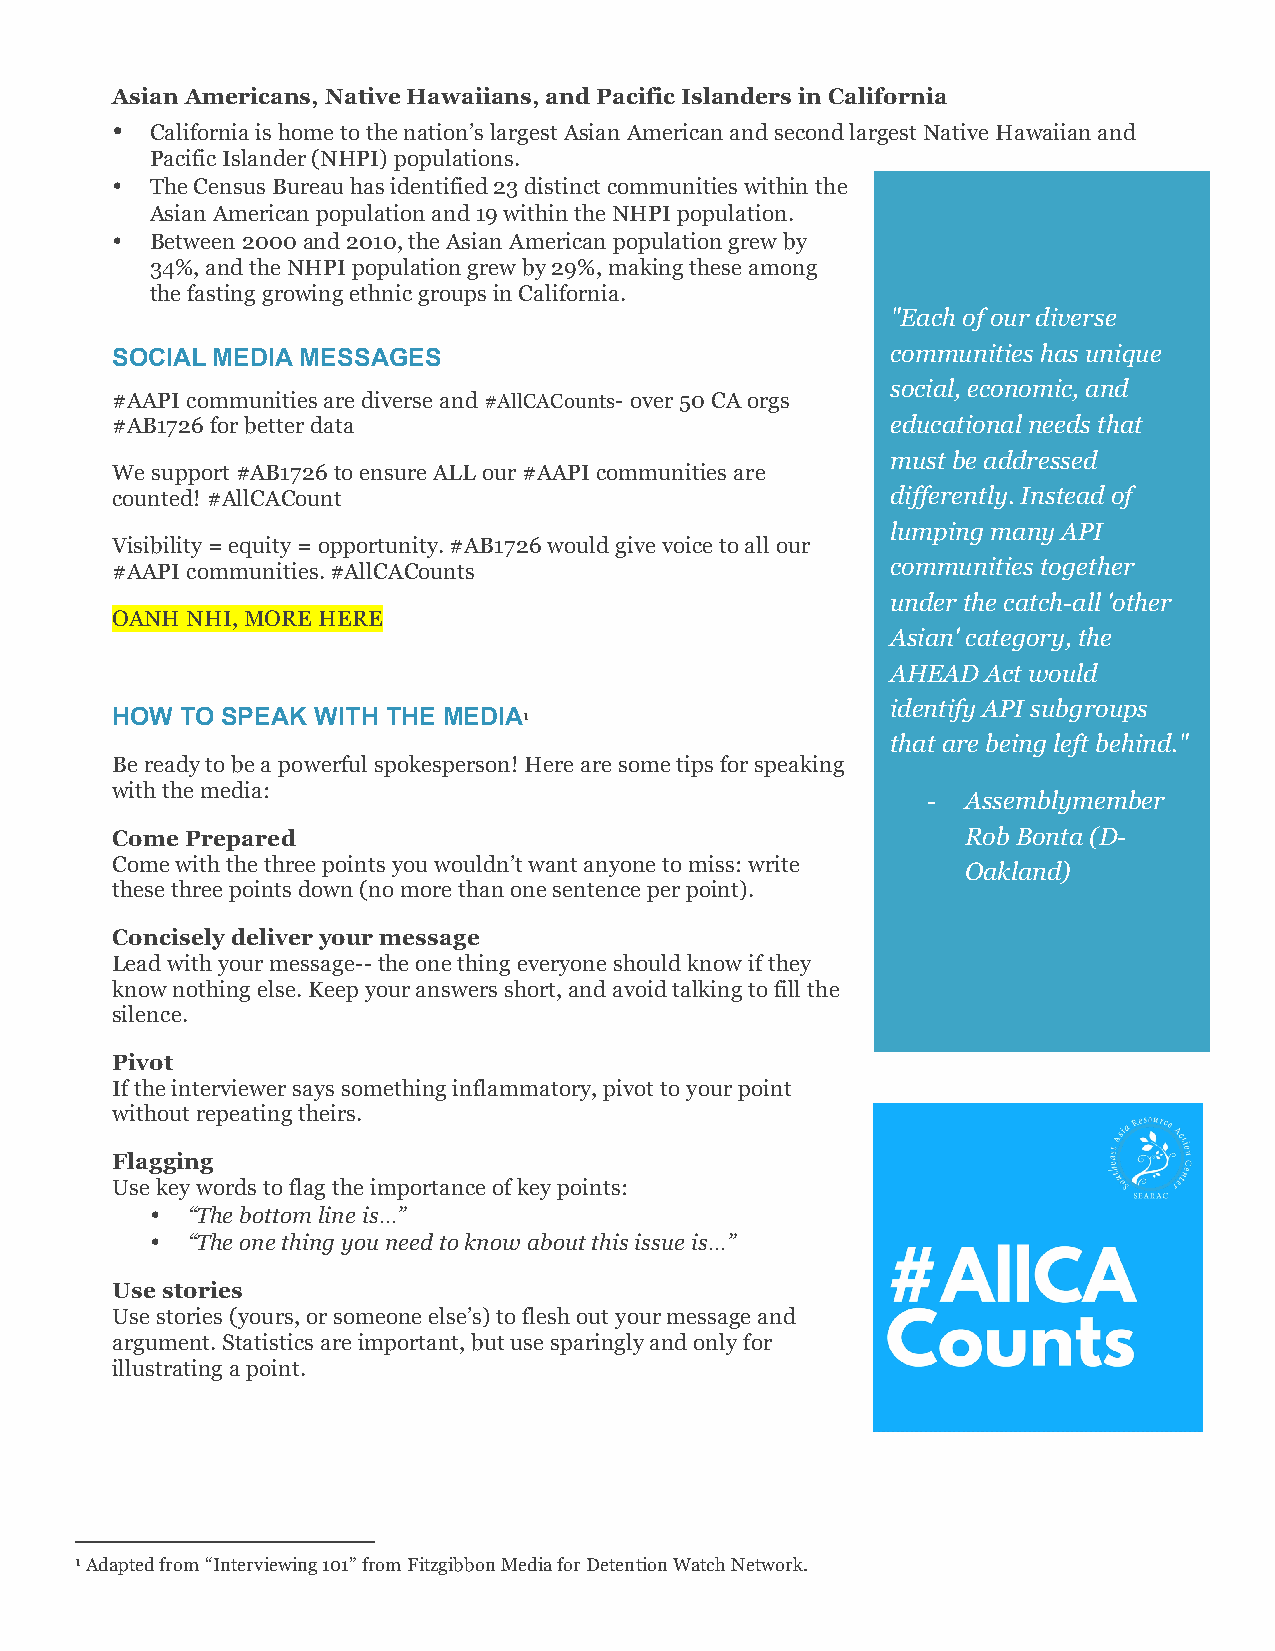
Asian Americans, Native Hawaiians, and Pacific Islanders in California
 •  California is home to the nation’s largest Asian American and second largest Native Hawaiian and
 Pacific Islander (NHPI) populations.
 •  The Census Bureau has identified 23 distinct communities within the
 Asian American population and 19 within the NHPI population.
 •  Between 2000 and 2010, the Asian American population grew by
 34%, and the NHPI population grew by 29%, making these among
 the fasting growing ethnic groups in California.
 "Each of our diverse
 SOCIAL MEDIA MESSAGES                               communities has unique
 social, economic, and
 #AAPI communities are diverse and #AllCACounts- over 50 CA orgs
 #AB1726 for better data                             educational needs that
 must be addressed
 We support #AB1726 to ensure ALL our #AAPI communities are
 counted! #AllCACount                                differently. Instead of
 lumping many API
 Visibility = equity = opportunity. #AB1726 would give voice to all our
 #AAPI communities. #AllCACounts                     communities together
 under the catch-all 'other
 OANH NHI, MORE HERE
 Asian' category, the
 AHEAD Act would
 identify API subgroups
 HOW  TO SPEAK WITH THE MEDIA1
 that are being left behind."
 Be ready to be a powerful spokesperson! Here are some tips for speaking
 with the media:
 -  Assemblymember
 Come Prepared                                            Rob Bonta (D-
 Come with the three points you wouldn’t want anyone to miss: write
 Oakland)
 these three points down (no more than one sentence per point).
 Concisely deliver your message
 Lead with your message-- the one thing everyone should know if they
 know nothing else. Keep your answers short, and avoid talking to fill the
 silence.
 Pivot
 If the interviewer says something inflammatory, pivot to your point
 without repeating theirs.
 Flagging
 Use key words to flag the importance of key points:
 • “The bottom line is…”
 • “The one thing you need to know about this issue is…”
 Use stories
 Use stories (yours, or someone else’s) to flesh out your message and
 argument. Statistics are important, but use sparingly and only for
 illustrating a point.
 1 Adapted from “Interviewing 101” from Fitzgibbon Media for Detention Watch Network.